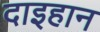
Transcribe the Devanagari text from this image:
दाइहान